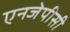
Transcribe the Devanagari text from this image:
एनजेपीसी